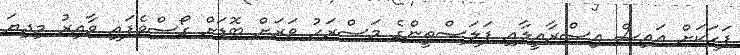
ފަހަކަށް އައިސް އިސްރާއީލާއި ފަލަސްތީންގެ މަސްރަހު ވަރަށް ބޮޑަށް ގޯސްވެފައި ވާއިރު މިދިޔަ